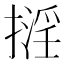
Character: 𢴏